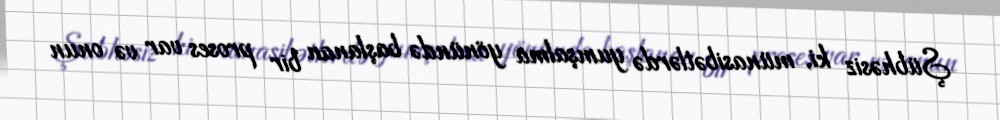
Şübhəsiz ki, münasibətlərdə yumşalma yönündə başlanan bir proses var və onun